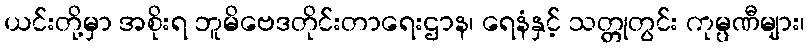
ယင်းတို့မှာ အစိုးရ ဘူမိဗေဒတိုင်းတာရေးဌာန၊ ရေနံနှင့် သတ္တုတွင်း ကုမ္ပဏီများ၊